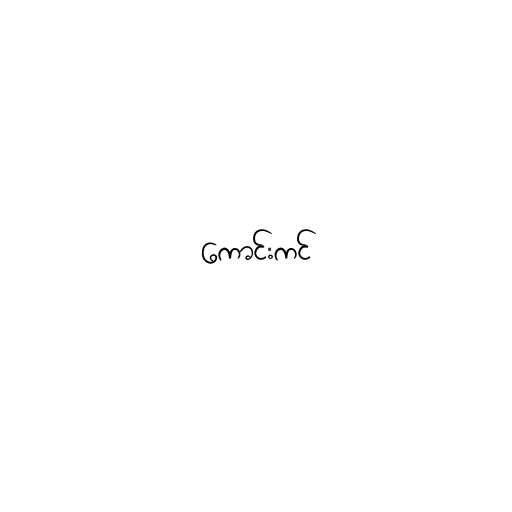
ကောင်းကင်